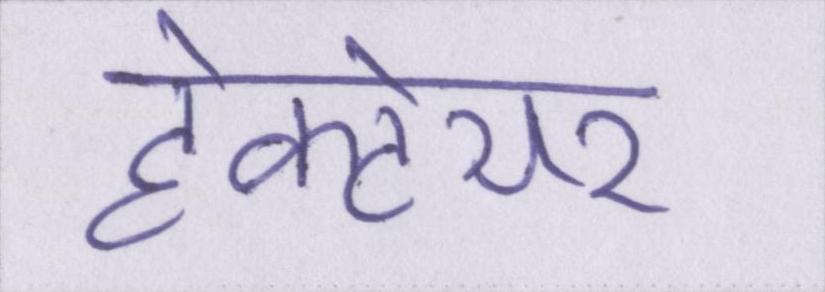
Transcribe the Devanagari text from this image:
हेक्टेयर